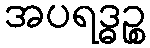
အပရဒ္ဓဉ္စ